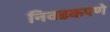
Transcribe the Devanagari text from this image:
निवडकपणे